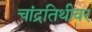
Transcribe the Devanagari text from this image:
चांद्रतिथीवर